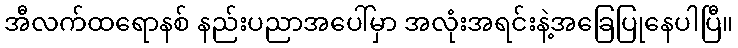
အီလက်ထရောနစ် နည်းပညာအပေါ်မှာ အလုံးအရင်းနဲ့အခြေပြုနေပါပြီ။